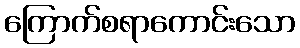
ကြောက်စရာကောင်းသော